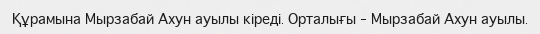
Құрамына Мырзабай Ахун ауылы кіреді. Орталығы – Мырзабай Ахун ауылы.